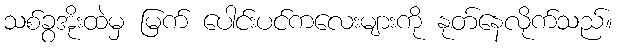
သစ်ခွအိုးထဲမှ မြက် ပေါင်းပင်ကလေးများကို နုတ်နေလိုက်သည်။